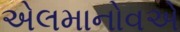
એલમાનોવએ